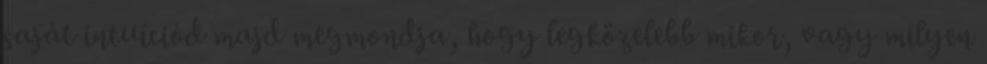
saját intuíciód majd megmondja, hogy legközelebb mikor, vagy milyen